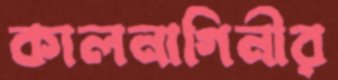
কালনাগিনীর